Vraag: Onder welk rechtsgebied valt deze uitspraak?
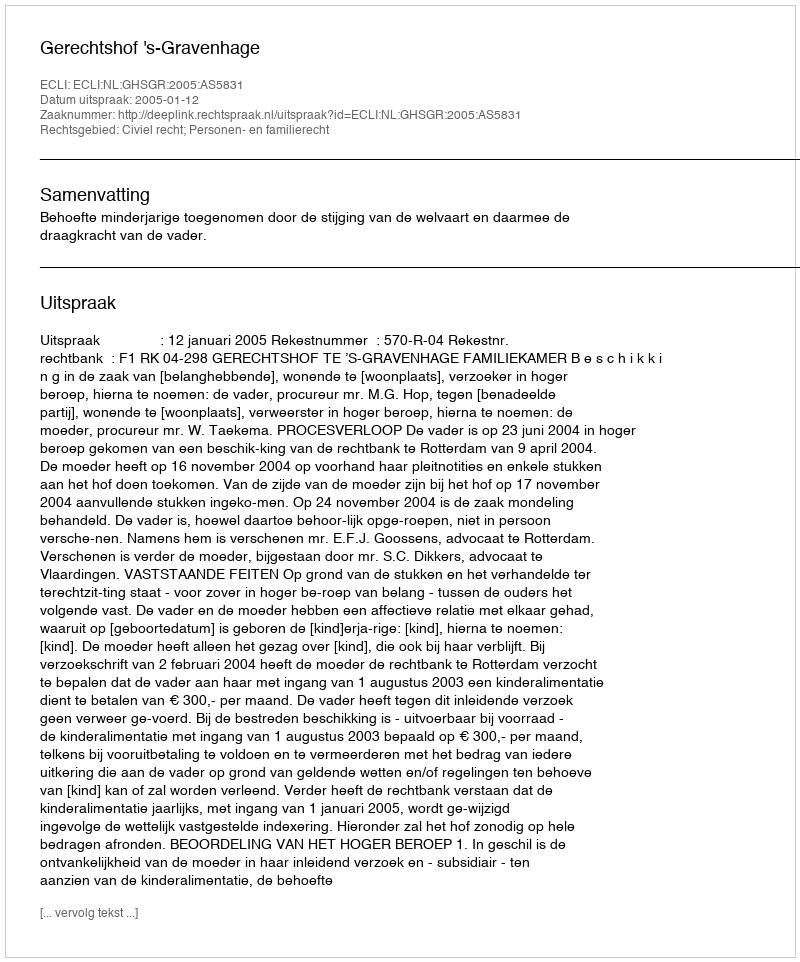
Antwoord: Civiel recht; Personen- en familierecht